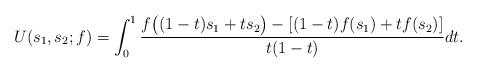
LaTeX: \begin{align*}U(s_1, s_2; f) = \int_0^1 \frac{f\bigl((1-t)s_1 + t s_2\bigr) - [(1-t)f(s_1) + t f(s_2)]}{t(1-t)} dt.\end{align*}